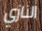
النازي